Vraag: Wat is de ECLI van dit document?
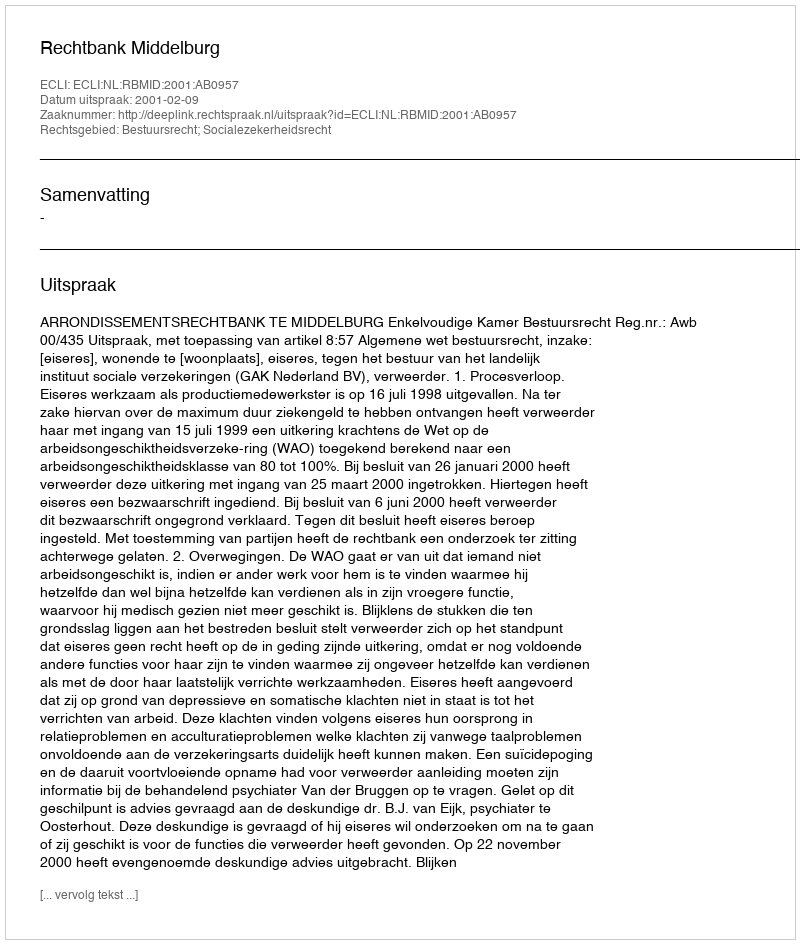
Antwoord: ECLI:NL:RBMID:2001:AB0957